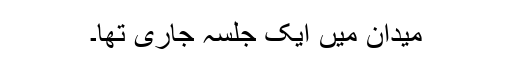
میدان میں ایک جلسہ جاری تھا۔